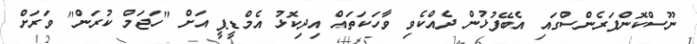
ނޫސްކޮންފަރެންސްގައި އެބޭފުޅުން ދެއްކެވި ވާހަކަތައް އިދިކޮޅު އެމްޑީޕީ އަށް "ހަޖަމް ކުރަން" ވަރަށް